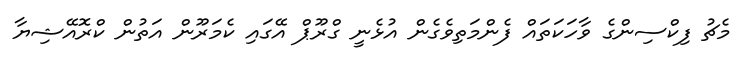
މެޗު ފިކްސިންގެ ވާހަކަތައް ފެންމަތިވެގެން އުޅެނީ ގްރޫޕް އޭގައި ކެމަރޫން އަތުން ކްރޮއޭޝިޔާ